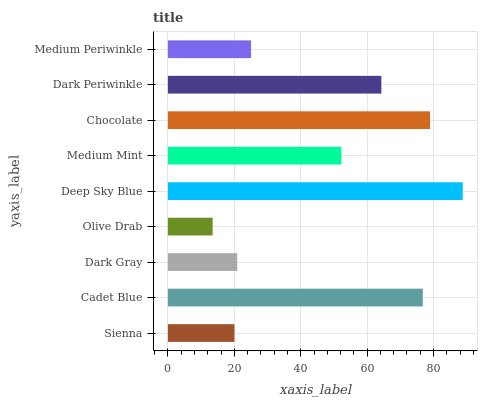
| yaxis_label | bars |
 | --- | --- |
 | Sienna | 20 |
 | Cadet Blue | 76.8 |
 | Dark Gray | 20.9 |
 | Olive Drab | 13.5 |
 | Deep Sky Blue | 88.8 |
 | Medium Mint | 52.2 |
 | Chocolate | 78.9 |
 | Dark Periwinkle | 64.3 |
 | Medium Periwinkle | 25 |